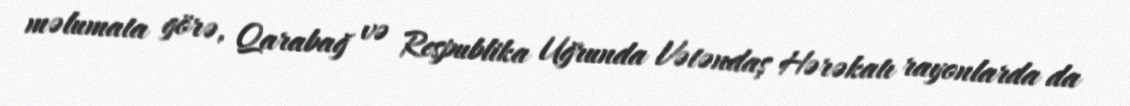
məlumata görə, Qarabağ və Respublika Uğrunda Vətəndaş Hərəkatı rayonlarda da